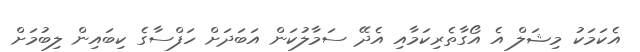
އެކަމަކު މިޝަލް އެ އޯގާތެރިކަމާއި އެދޭ ސަމާލުކަން އަބަދަށް ހަފްސާގެ ކިބައިން ލިބުމަށް